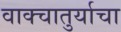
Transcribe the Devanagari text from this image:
वाक्चातुर्याचा